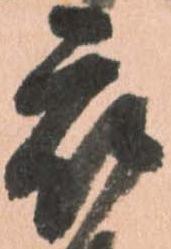
被